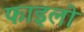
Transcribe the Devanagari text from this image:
फाइलो